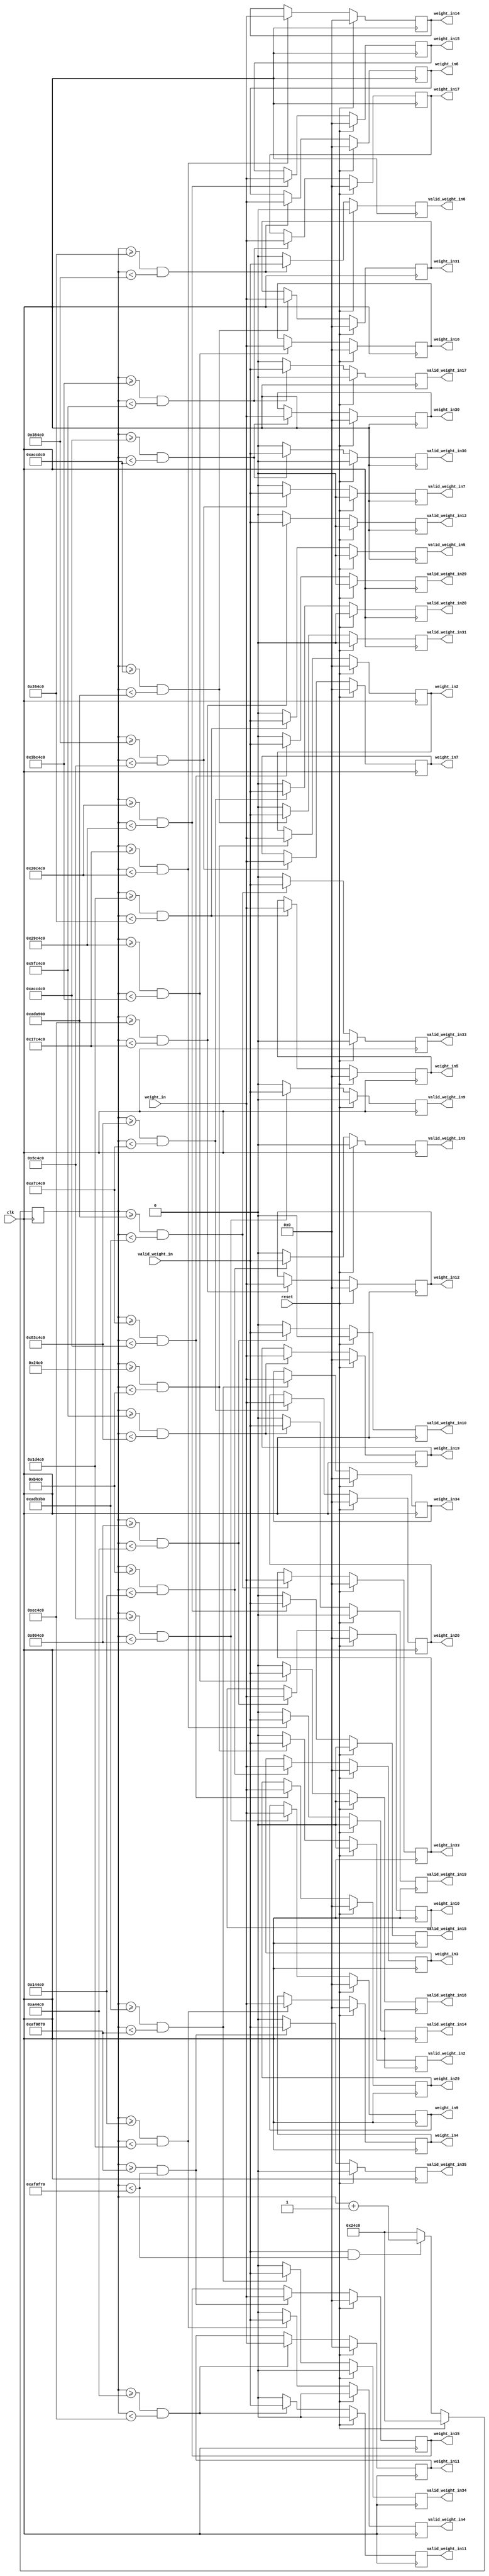
`timescale 1ns/1ps
/////////////////////////////////////////////////////////////////////////
// Company: 

// Create Date:   
// Design Name: 
// Module Name: 
// Project Name: 
// Target Device: 
// Tool Versions:
// Description:

// Dependencies:

// Revision:
// Revision 0.01 - File Created
// Additional Comments:

///////////////////////////////////////////////////////////////////////

module weights_distributor_sim (
    clk
    ,reset
    
    ,valid_weight_in
    ,weight_in

    // ,valid_weight_in1 // 7x7
    // ,weight_in1

    ,valid_weight_in2 // 3x3_11 layer1
    ,weight_in2

    ,valid_weight_in3 // 3x3_12 layer1
    ,weight_in3

    ,valid_weight_in4 // 3x3_21 layer1
    ,weight_in4

    ,valid_weight_in5 // 3x3_22 layer1
    ,weight_in5

    ,valid_weight_in6 // 3x3_11 layer2
    ,weight_in6

    ,valid_weight_in7 // 3x3_12 layer2
    ,weight_in7

    // ,valid_weight_in8 // 1x1_13 layer2
    // ,weight_in8

    ,valid_weight_in9 // 3x3_21 layer2
    ,weight_in9

    ,valid_weight_in10 // 3x3_22 layer2
    ,weight_in10

    ,valid_weight_in11 // 3x3_11 layer3
    ,weight_in11

    ,valid_weight_in12 // 3x3_12 layer3
    ,weight_in12

    // ,valid_weight_in13 // 1x1_13 layer3
    // ,weight_in13

    ,valid_weight_in14 // 3x3_21 layer3
    ,weight_in14

    ,valid_weight_in15 // 3x3_22 layer3
    ,weight_in15

    ,valid_weight_in16 // 3x3_11 layer4
    ,weight_in16

    ,valid_weight_in17 // 3x3_12 layer4
    ,weight_in17

    // ,valid_weight_in18 // 1x1_13 layer4
    // ,weight_in18

    ,valid_weight_in19 // 3x3_21 layer4
    ,weight_in19

    ,valid_weight_in20 // 3x3_22 layer4
    ,weight_in20

    // ,valid_weight_in21 // ASPP_1
    // ,weight_in21

    // ,valid_weight_in22 // ASPP_21
    // ,weight_in22

    // ,valid_weight_in23 // ASPP_22
    // ,weight_in23

    // ,valid_weight_in24 // ASPP_31
    // ,weight_in24

    // ,valid_weight_in25 // ASPP_32
    // ,weight_in25

    // ,valid_weight_in26 // ASPP_41
    // ,weight_in26

    // ,valid_weight_in27 // ASPP_42
    // ,weight_in27

    // ,valid_weight_in28 // ASPP_5
    // ,weight_in28

    ,valid_weight_in29 // 1x1_1280
    ,weight_in29

    ,valid_weight_in30 // 3x3_256
    ,weight_in30

    ,valid_weight_in31 // 1x1_256
    ,weight_in31

    // ,valid_weight_in32 // Out_layer1_1x1_48
    // ,weight_in32

    ,valid_weight_in33 // 3x3_304
    ,weight_in33

    ,valid_weight_in34 // 1x1_304
    ,weight_in34

    ,valid_weight_in35 // 1x1_7
    ,weight_in35
);

/////////////////////////////////////////////////////////////////////////
// Parameter Declarations
parameter DATA_WIDTH = 32;

parameter WEIGHTS_NUM = 11472752;
parameter CNT_WIDTH   = 24      ; // $clog2(WEIGHTS_NUM) + 1

/////////////////////////////////////////////////////////////////////////
// Port Declarations
input                  clk            ;
input                  reset          ;
input                  valid_weight_in;
input [DATA_WIDTH-1:0] weight_in      ;

/////////////////////////////////////////////////////////////////////////
// Output Declarations
// output                  valid_weight_in1;
// output [DATA_WIDTH-1:0] weight_in1      ;

output                  valid_weight_in2;
output [DATA_WIDTH-1:0] weight_in2      ;

output                  valid_weight_in3;
output [DATA_WIDTH-1:0] weight_in3      ;

output                  valid_weight_in4;
output [DATA_WIDTH-1:0] weight_in4      ;

output                  valid_weight_in5;
output [DATA_WIDTH-1:0] weight_in5      ;

output                  valid_weight_in6;
output [DATA_WIDTH-1:0] weight_in6      ;

output                  valid_weight_in7;
output [DATA_WIDTH-1:0] weight_in7      ;

// output                  valid_weight_in8;
// output [DATA_WIDTH-1:0] weight_in8      ;

output                  valid_weight_in9;
output [DATA_WIDTH-1:0] weight_in9      ;

output                  valid_weight_in10;
output [DATA_WIDTH-1:0] weight_in10      ;

output                  valid_weight_in11;
output [DATA_WIDTH-1:0] weight_in11      ;

output                  valid_weight_in12;
output [DATA_WIDTH-1:0] weight_in12      ;

// output                  valid_weight_in13;
// output [DATA_WIDTH-1:0] weight_in13      ;

output                  valid_weight_in14;
output [DATA_WIDTH-1:0] weight_in14      ;

output                  valid_weight_in15;
output [DATA_WIDTH-1:0] weight_in15      ;

output                  valid_weight_in16;
output [DATA_WIDTH-1:0] weight_in16      ;

output                  valid_weight_in17;
output [DATA_WIDTH-1:0] weight_in17      ;

// output                  valid_weight_in18;
// output [DATA_WIDTH-1:0] weight_in18      ;

output                  valid_weight_in19;
output [DATA_WIDTH-1:0] weight_in19      ;

output                  valid_weight_in20;
output [DATA_WIDTH-1:0] weight_in20      ;

// output                  valid_weight_in21;
// output [DATA_WIDTH-1:0] weight_in21      ;

// output                  valid_weight_in22;
// output [DATA_WIDTH-1:0] weight_in22      ;

// output                  valid_weight_in23;
// output [DATA_WIDTH-1:0] weight_in23      ;

// output                  valid_weight_in24;
// output [DATA_WIDTH-1:0] weight_in24      ;

// output                  valid_weight_in25;
// output [DATA_WIDTH-1:0] weight_in25      ;

// output                  valid_weight_in26;
// output [DATA_WIDTH-1:0] weight_in26      ;

// output                  valid_weight_in27;
// output [DATA_WIDTH-1:0] weight_in27      ;

// output                  valid_weight_in28;
// output [DATA_WIDTH-1:0] weight_in28      ;

output                  valid_weight_in29;
output [DATA_WIDTH-1:0] weight_in29      ;

output                  valid_weight_in30;
output [DATA_WIDTH-1:0] weight_in30      ;

output                  valid_weight_in31;
output [DATA_WIDTH-1:0] weight_in31      ;

// output                  valid_weight_in32;
// output [DATA_WIDTH-1:0] weight_in32      ;

output                  valid_weight_in33;
output [DATA_WIDTH-1:0] weight_in33      ;

output                  valid_weight_in34;
output [DATA_WIDTH-1:0] weight_in34      ;

output                  valid_weight_in35;
output [DATA_WIDTH-1:0] weight_in35      ;

/////////////////////////////////////////////////////////////////////////
// Local Logic and Instantiation
wire                  clk            ;
wire                  reset          ;
wire                  valid_weight_in;
wire [DATA_WIDTH-1:0] weight_in      ;

// reg                  valid_weight_in1;
// reg [DATA_WIDTH-1:0] weight_in1      ;

reg                  valid_weight_in2;
reg [DATA_WIDTH-1:0] weight_in2      ;

reg                  valid_weight_in3;
reg [DATA_WIDTH-1:0] weight_in3      ;

reg                  valid_weight_in4;
reg [DATA_WIDTH-1:0] weight_in4      ;

reg                  valid_weight_in5;
reg [DATA_WIDTH-1:0] weight_in5      ;

reg                  valid_weight_in6;
reg [DATA_WIDTH-1:0] weight_in6      ;

reg                  valid_weight_in7;
reg [DATA_WIDTH-1:0] weight_in7      ;

// reg                  valid_weight_in8;
// reg [DATA_WIDTH-1:0] weight_in8      ;

reg                  valid_weight_in9;
reg [DATA_WIDTH-1:0] weight_in9      ;

reg                  valid_weight_in10;
reg [DATA_WIDTH-1:0] weight_in10      ;

reg                  valid_weight_in11;
reg [DATA_WIDTH-1:0] weight_in11      ;

reg                  valid_weight_in12;
reg [DATA_WIDTH-1:0] weight_in12      ;

// reg                  valid_weight_in13;
// reg [DATA_WIDTH-1:0] weight_in13      ;

reg                  valid_weight_in14;
reg [DATA_WIDTH-1:0] weight_in14      ;

reg                  valid_weight_in15;
reg [DATA_WIDTH-1:0] weight_in15      ;

reg                  valid_weight_in16;
reg [DATA_WIDTH-1:0] weight_in16      ;

reg                  valid_weight_in17;
reg [DATA_WIDTH-1:0] weight_in17      ;

// reg                  valid_weight_in18;
// reg [DATA_WIDTH-1:0] weight_in18      ;

reg                  valid_weight_in19;
reg [DATA_WIDTH-1:0] weight_in19      ;

reg                  valid_weight_in20;
reg [DATA_WIDTH-1:0] weight_in20      ;

// reg                  valid_weight_in21;
// reg [DATA_WIDTH-1:0] weight_in21      ;

// reg                  valid_weight_in22;
// reg [DATA_WIDTH-1:0] weight_in22      ;

// reg                  valid_weight_in23;
// reg [DATA_WIDTH-1:0] weight_in23      ;

// reg                  valid_weight_in24;
// reg [DATA_WIDTH-1:0] weight_in24      ;

// reg                  valid_weight_in25;
// reg [DATA_WIDTH-1:0] weight_in25      ;

// reg                  valid_weight_in26;
// reg [DATA_WIDTH-1:0] weight_in26      ;

// reg                  valid_weight_in27;
// reg [DATA_WIDTH-1:0] weight_in27      ;

// reg                  valid_weight_in28;
// reg [DATA_WIDTH-1:0] weight_in28      ;

reg                  valid_weight_in29;
reg [DATA_WIDTH-1:0] weight_in29      ;

reg                  valid_weight_in30;
reg [DATA_WIDTH-1:0] weight_in30      ;

reg                  valid_weight_in31;
reg [DATA_WIDTH-1:0] weight_in31      ;

// reg                  valid_weight_in32;
// reg [DATA_WIDTH-1:0] weight_in32      ;

reg                  valid_weight_in33;
reg [DATA_WIDTH-1:0] weight_in33      ;

reg                  valid_weight_in34;
reg [DATA_WIDTH-1:0] weight_in34      ;

reg                  valid_weight_in35;
reg [DATA_WIDTH-1:0] weight_in35      ;

/////////////////////////////////////////////////////////////////////////
reg [CNT_WIDTH-1:0] counter;

always @(posedge clk) begin
	if(reset) begin
		counter <= 'd9408;
	end 
	else if (valid_weight_in && counter < WEIGHTS_NUM) begin
		counter <= counter + 1'b1;
	end
	else begin
		counter <= 'd9408;
	end
end

// always @(posedge clk) begin
// 	if(reset) begin
// 		weight_in1       <= {DATA_WIDTH{1'b0}};
// 		valid_weight_in1 <= 1'b0;
// 	end
// 	else if ((counter >= 'd0) && (counter < 'd9408))begin
// 		weight_in1       <= weight_in;
// 		valid_weight_in1 <= valid_weight_in;
// 	end
// 	else begin
// 		valid_weight_in1 <= 1'b0;
// 	end
// end

always @(posedge clk) begin
	if(reset) begin
		weight_in2       <= {DATA_WIDTH{1'b0}};
		valid_weight_in2 <= 1'b0;
	end
	else if ((counter >= 'd9408) && (counter < 'd46272))begin
		weight_in2       <= weight_in;
		valid_weight_in2 <= valid_weight_in;
	end
	else begin
		valid_weight_in2 <= 1'b0;
	end
end

always @(posedge clk) begin
	if(reset) begin
		weight_in3       <= {DATA_WIDTH{1'b0}};
		valid_weight_in3 <= 1'b0;
	end
	else if ((counter >= 'd46272) && (counter < 'd83136))begin
		weight_in3       <= weight_in;
		valid_weight_in3 <= valid_weight_in;
	end
	else begin
		valid_weight_in3 <= 1'b0;
	end
end

always @(posedge clk) begin
	if(reset) begin
		weight_in4       <= {DATA_WIDTH{1'b0}};
		valid_weight_in4 <= 1'b0;
	end
	else if ((counter >= 'd83136) && (counter < 'd120000))begin
		weight_in4       <= weight_in;
		valid_weight_in4 <= valid_weight_in;
	end
	else begin
		valid_weight_in4 <= 1'b0;
	end
end

always @(posedge clk) begin
	if(reset) begin
		weight_in5       <= {DATA_WIDTH{1'b0}};
		valid_weight_in5 <= 1'b0;
	end
	else if ((counter >= 'd120000) && (counter < 'd156864))begin
		weight_in5       <= weight_in;
		valid_weight_in5 <= valid_weight_in;
	end
	else begin
		valid_weight_in5 <= 1'b0;
	end
end

always @(posedge clk) begin
	if(reset) begin
		weight_in6       <= {DATA_WIDTH{1'b0}};
		valid_weight_in6 <= 1'b0;
	end
	else if ((counter >= 'd156864) && (counter < 'd230592))begin
		weight_in6       <= weight_in;
		valid_weight_in6 <= valid_weight_in;
	end
	else begin
		valid_weight_in6 <= 1'b0;
	end
end

always @(posedge clk) begin
	if(reset) begin
		weight_in7       <= {DATA_WIDTH{1'b0}};
		valid_weight_in7 <= 1'b0;
	end
	else if ((counter >= 'd230592) && (counter < 'd378048))begin
		weight_in7       <= weight_in;
		valid_weight_in7 <= valid_weight_in;
	end
	else begin
		valid_weight_in7 <= 1'b0;
	end
end

always @(posedge clk) begin
	if(reset) begin
		weight_in9       <= {DATA_WIDTH{1'b0}};
		valid_weight_in9 <= 1'b0;
	end
	else if ((counter >= 'd378048) && (counter < 'd525504))begin
		weight_in9       <= weight_in;
		valid_weight_in9 <= valid_weight_in;
	end
	else begin
		valid_weight_in9 <= 1'b0;
	end
end

always @(posedge clk) begin
	if(reset) begin
		weight_in10       <= {DATA_WIDTH{1'b0}};
		valid_weight_in10 <= 1'b0;
	end
	else if ((counter >= 'd525504) && (counter < 'd672960))begin
		weight_in10       <= weight_in;
		valid_weight_in10 <= valid_weight_in;
	end
	else begin
		valid_weight_in10 <= 1'b0;
	end
end

always @(posedge clk) begin
	if(reset) begin
		weight_in11       <= {DATA_WIDTH{1'b0}};
		valid_weight_in11 <= 1'b0;
	end
	else if ((counter >= 'd672960) && (counter < 'd967872))begin
		weight_in11       <= weight_in;
		valid_weight_in11 <= valid_weight_in;
	end
	else begin
		valid_weight_in11 <= 1'b0;
	end
end

always @(posedge clk) begin
	if(reset) begin
		weight_in12       <= {DATA_WIDTH{1'b0}};
		valid_weight_in12 <= 1'b0;
	end
	else if ((counter >= 'd967872) && (counter < 'd1557696))begin
		weight_in12       <= weight_in;
		valid_weight_in12 <= valid_weight_in;
	end
	else begin
		valid_weight_in12 <= 1'b0;
	end
end

always @(posedge clk) begin
	if(reset) begin
		weight_in14       <= {DATA_WIDTH{1'b0}};
		valid_weight_in14 <= 1'b0;
	end
	else if ((counter >= 'd1557696) && (counter < 'd2147520))begin
		weight_in14       <= weight_in;
		valid_weight_in14 <= valid_weight_in;
	end
	else begin
		valid_weight_in14 <= 1'b0;
	end
end

always @(posedge clk) begin
	if(reset) begin
		weight_in15       <= {DATA_WIDTH{1'b0}};
		valid_weight_in15 <= 1'b0;
	end
	else if ((counter >= 'd2147520) && (counter < 'd2737344))begin
		weight_in15       <= weight_in;
		valid_weight_in15 <= valid_weight_in;
	end
	else begin
		valid_weight_in15 <= 1'b0;
	end
end

always @(posedge clk) begin
	if(reset) begin
		weight_in16       <= {DATA_WIDTH{1'b0}};
		valid_weight_in16 <= 1'b0;
	end
	else if ((counter >= 'd2737344) && (counter < 'd3916992))begin
		weight_in16       <= weight_in;
		valid_weight_in16 <= valid_weight_in;
	end
	else begin
		valid_weight_in16 <= 1'b0;
	end
end

always @(posedge clk) begin
	if(reset) begin
		weight_in17       <= {DATA_WIDTH{1'b0}};
		valid_weight_in17 <= 1'b0;
	end
	else if ((counter >= 'd3916992) && (counter < 'd6276288))begin
		weight_in17       <= weight_in;
		valid_weight_in17 <= valid_weight_in;
	end
	else begin
		valid_weight_in17 <= 1'b0;
	end
end

always @(posedge clk) begin
	if(reset) begin
		weight_in19       <= {DATA_WIDTH{1'b0}};
		valid_weight_in19 <= 1'b0;
	end
	else if ((counter >= 'd6276288) && (counter < 'd8635584))begin
		weight_in19       <= weight_in;
		valid_weight_in19 <= valid_weight_in;
	end
	else begin
		valid_weight_in19 <= 1'b0;
	end
end

always @(posedge clk) begin
	if(reset) begin
		weight_in20       <= {DATA_WIDTH{1'b0}};
		valid_weight_in20 <= 1'b0;
	end
	else if ((counter >= 'd8635584) && (counter < 'd10994880))begin
		weight_in20       <= weight_in;
		valid_weight_in20 <= valid_weight_in;
	end
	else begin
		valid_weight_in20 <= 1'b0;
	end
end

always @(posedge clk) begin
	if(reset) begin
		weight_in29       <= {DATA_WIDTH{1'b0}};
		valid_weight_in29 <= 1'b0;
	end
	else if ((counter >= 'd10994880) && (counter < 'd11322560))begin
		weight_in29       <= weight_in;
		valid_weight_in29 <= valid_weight_in;
	end
	else begin
		valid_weight_in29 <= 1'b0;
	end
end

always @(posedge clk) begin
	if(reset) begin
		weight_in30       <= {DATA_WIDTH{1'b0}};
		valid_weight_in30 <= 1'b0;
	end
	else if ((counter >= 'd11322560) && (counter < 'd11324864))begin
		weight_in30       <= weight_in;
		valid_weight_in30 <= valid_weight_in;
	end
	else begin
		valid_weight_in30 <= 1'b0;
	end
end

always @(posedge clk) begin
	if(reset) begin
		weight_in31       <= {DATA_WIDTH{1'b0}};
		valid_weight_in31 <= 1'b0;
	end
	else if ((counter >= 'd11324864) && (counter < 'd11380992))begin
		weight_in31       <= weight_in;
		valid_weight_in31 <= valid_weight_in;
	end
	else begin
		valid_weight_in31 <= 1'b0;
	end
end

always @(posedge clk) begin
	if(reset) begin
		weight_in33       <= {DATA_WIDTH{1'b0}};
		valid_weight_in33 <= 1'b0;
	end
	else if ((counter >= 'd11380992) && (counter < 'd11383728))begin
		weight_in33       <= weight_in;
		valid_weight_in33 <= valid_weight_in;
	end
	else begin
		valid_weight_in33 <= 1'b0;
	end
end

always @(posedge clk) begin
	if(reset) begin
		weight_in34       <= {DATA_WIDTH{1'b0}};
		valid_weight_in34 <= 1'b0;
	end
	else if ((counter >= 'd11383728) && (counter < 'd11470960))begin
		weight_in34       <= weight_in;
		valid_weight_in34 <= valid_weight_in;
	end
	else begin
		valid_weight_in34 <= 1'b0;
	end
end

always @(posedge clk) begin
	if(reset) begin
		weight_in35       <= {DATA_WIDTH{1'b0}};
		valid_weight_in35 <= 1'b0;
	end
	else if ((counter >= 'd11470960) && (counter < 'd11472752))begin
		weight_in35       <= weight_in;
		valid_weight_in35 <= valid_weight_in;
	end
	else begin
		valid_weight_in35 <= 1'b0;
	end
end

endmodule